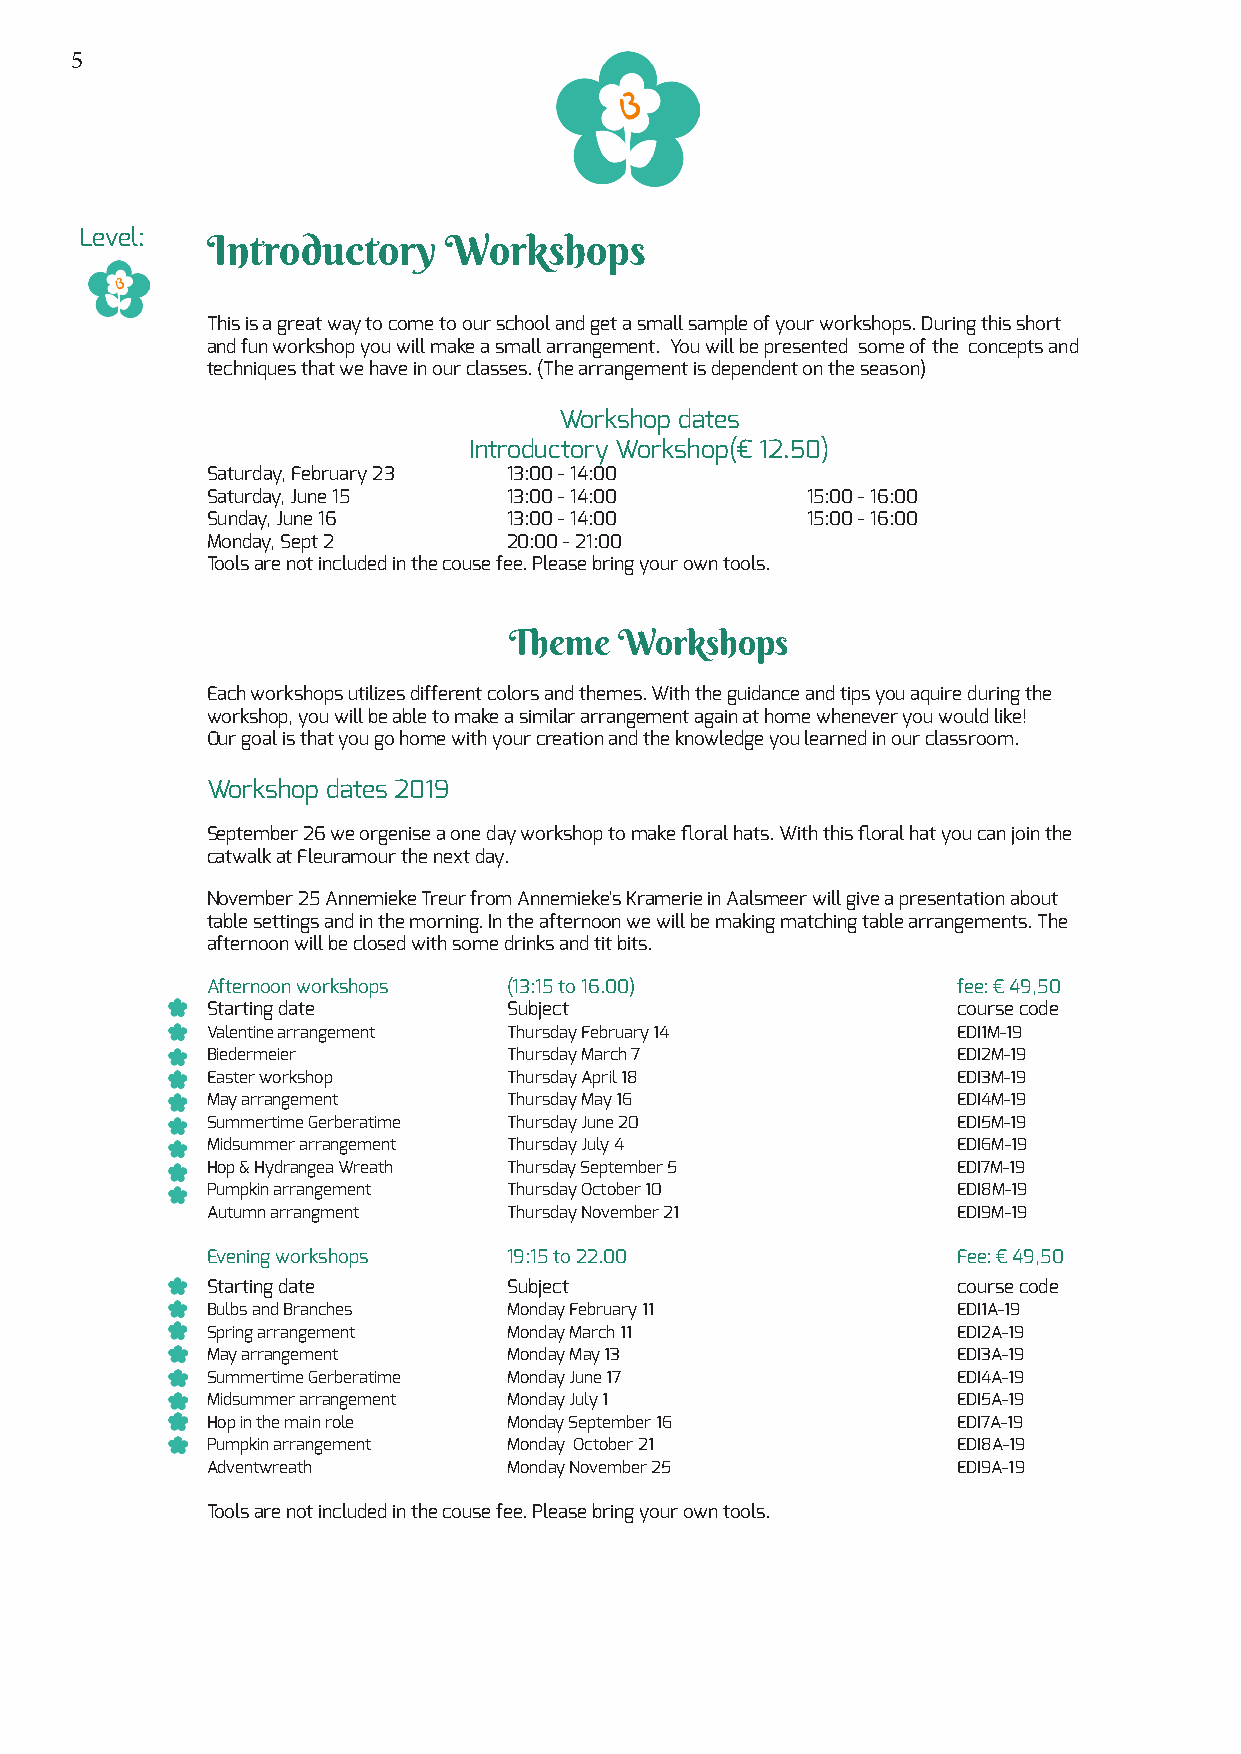
5
 Level:
 Introductory   Workshops
 This is a great way to come to our school and get a small sample of your workshops. During this short
 and fun workshop you will make a small arrangement. You will be presented some of the concepts and
 techniques that we have in our classes. (The arrangement is dependent on the season)
 Workshop dates
 Introductory Workshop(€ 12.50)
 Saturday, February 23 13:00 - 14:00
 Saturday, June 15   13:00 - 14:00      15:00 - 16:00
 Sunday, June 16     13:00 - 14:00      15:00 - 16:00
 Monday, Sept 2      20:00 - 21:00
 Tools are not included in the couse fee. Please bring your own tools.
 Theme  Workshops
 Each workshops utilizes different colors and themes. With the guidance and tips you aquire during the
 workshop, you will be able to make a similar arrangement again at home whenever you would like!
 Our goal is that you go home with your creation and the knowledge you learned in our classroom.
 Workshop dates 2019
 September 26 we orgenise a one day workshop to make floral hats. With this floral hat you can join the
 catwalk at Fleuramour the next day.
 November 25 Annemieke Treur from Annemieke's Kramerie in Aalsmeer will give a presentation about
 table settings and in the morning. In the afternoon we will be making matching table arrangements. The
 afternoon will be closed with some drinks and tit bits.
 Afternoon workshops (13:15 to 16.00)             fee: € 49,50
 Starting date       Subject                      course code
 Valentine arrangement Thursday February 14       EDI1M-19
 Biedermeier         Thursday March 7             EDI2M-19
 Easter workshop     Thursday April 18            EDI3M-19
 May arrangement     Thursday May 16              EDI4M-19
 Summertime Gerberatime Thursday June 20          EDI5M-19
 Midsummer arrangement Thursday July 4            EDI6M-19
 Hop & Hydrangea Wreath Thursday September 5      EDI7M-19
 Pumpkin arrangement Thursday October 10          EDI8M-19
 Autumn arrangment   Thursday November 21         EDI9M-19
 Evening workshops   19:15 to 22.00               Fee: € 49,50
 Starting date       Subject                      course code
 Bulbs and Branches  Monday February 11           EDI1A-19
 Spring arrangement  Monday March 11              EDI2A-19
 May arrangement     Monday May 13                EDI3A-19
 Summertime Gerberatime Monday June 17            EDI4A-19
 Midsummer arrangement Monday July 1              EDI5A-19
 Hop in the main role Monday September 16         EDI7A-19
 Pumpkin arrangement Monday October 21            EDI8A-19
 Adventwreath        Monday November 25           EDI9A-19
 Tools are not included in the couse fee. Please bring your own tools.